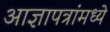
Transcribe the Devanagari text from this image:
आज्ञापत्रांमध्ये